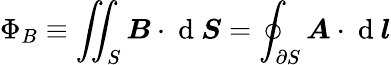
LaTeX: \Phi_{B}\equiv\iint_{S}\boldsymbol{B}\cdot\mathrm{~d~}\boldsymbol{S}=\oint_{\partial S}\boldsymbol{A}\cdot\mathrm{~d~}\boldsymbol{l}